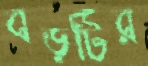
বড়টির